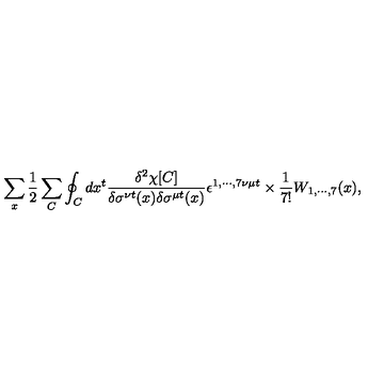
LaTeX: \sum _ { x } \frac { 1 } { 2 } \sum _ { C } \oint _ { C } d x ^ { t } \frac { \delta ^ { 2 } \chi [ C ] } { \delta \sigma ^ { \nu t } ( x ) \delta \sigma ^ { \mu t } ( x ) } \epsilon ^ { 1 , \cdots , 7 \nu \mu t } \times \frac { 1 } { 7 ! } W _ { 1 , \cdots , 7 } ( x ) ,